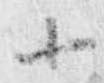
十